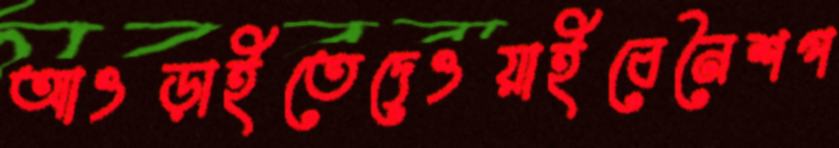
আওড়াইতেদেওয়াইবেনৈশপ